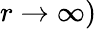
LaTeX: r\rightarrow\infty)